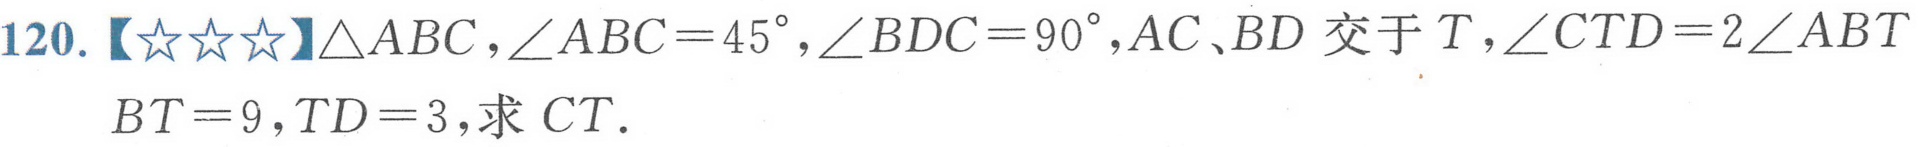
120.【★★★】$\triangle ABC$，$\angle ABC = 45^{\circ}$，$\angle BDC = 90^{\circ}$，$AC、BD$ 交于 $T$，$\angle CTD = 2\angle ABT$，$BT = 9$，$TD = 3$，求 $CT$．